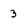
Character: 3